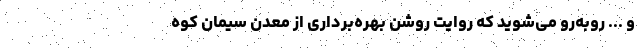
و ... روبه‌رو می‌شوید که روایت روشن بهره‌برداری از معدن سیمان کوه